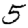
Digit: 5